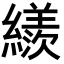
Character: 𦆀